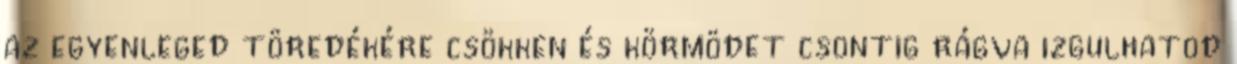
az egyenleged töredékére csökken és körmödet csontig rágva izgulhatod